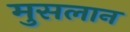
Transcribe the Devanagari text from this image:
मुसलान